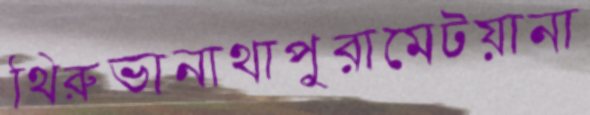
থিরুভানাথাপুরামেটয়ানা